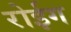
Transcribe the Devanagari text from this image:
रोईग